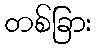
တစ်ခြား